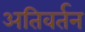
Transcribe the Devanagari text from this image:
अतिवर्तन